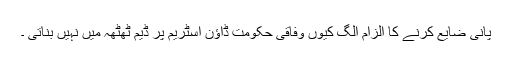
پانی ضایع کرنے کا الزام الگ کیوں وفاقی حکومت ڈاؤن اسٹریم پر ڈیم ٹھٹھہ میں نہیں بناتی ۔